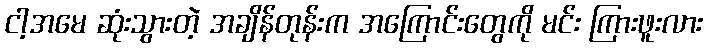
ငါ့အမေ ဆုံးသွားတဲ့ အချိန်တုန်းက အကြောင်းတွေကို မင်း ကြားဖူးလား